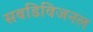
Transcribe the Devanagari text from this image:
सबडिविजनल